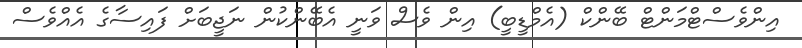
އިންވެސްޓްމަންޓް ބޭންކް (އެމްޑީބީ) އިން ވެސް ވަނީ އެބޭންކުން ނަޖީބަށް ފައިސާގެ އެއްވެސް